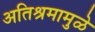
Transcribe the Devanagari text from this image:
अतिश्रमामुळे